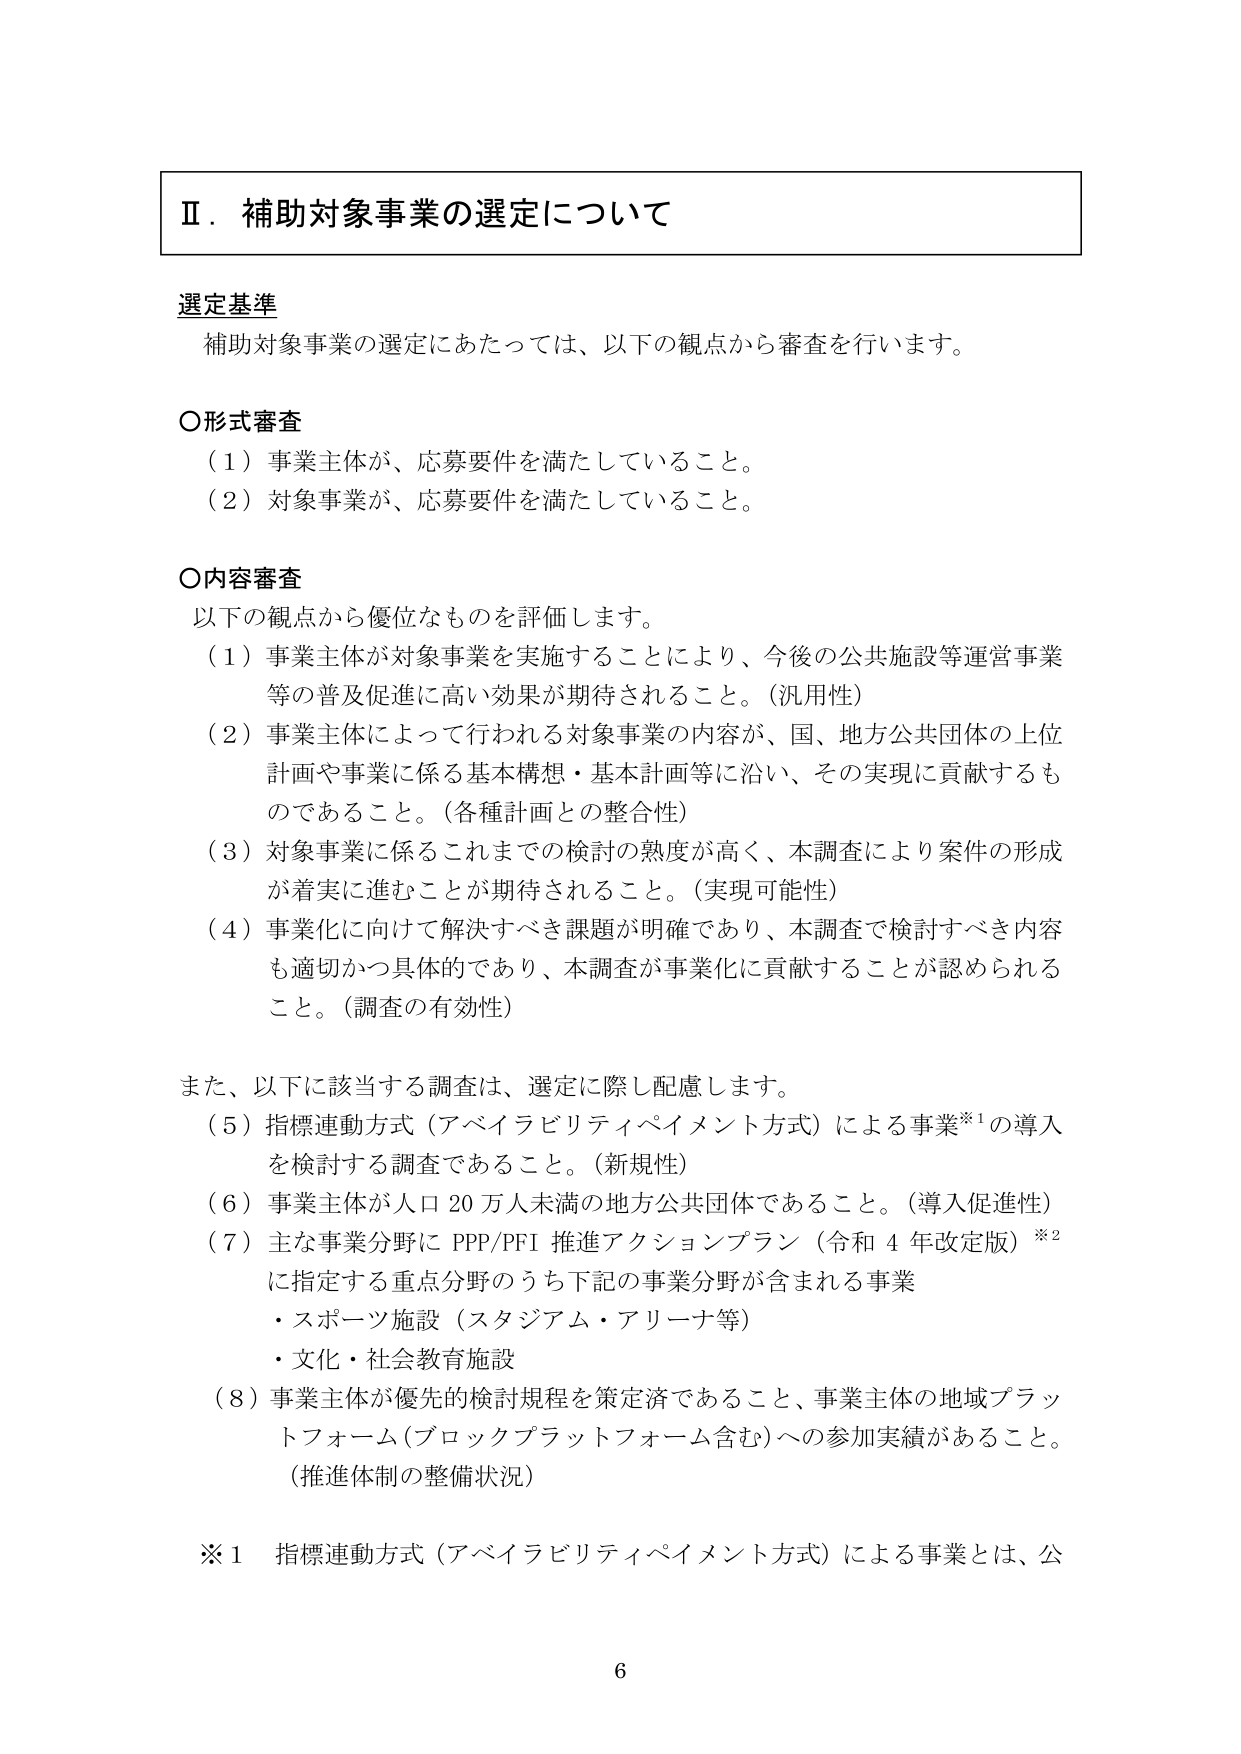
Ⅱ．補助対象事業の選定について

選定基準
補助対象事業の選定にあたっては、以下の観点から審査を行います。

○形式審査
（１）事業主体が、応募要件を満たしていること。
（２）対象事業が、応募要件を満たしていること。

○内容審査
以下の観点から優位なものを評価します。
（１）事業主体が対象事業を実施することにより、今後の公共施設等運営事業等の普及促進に高い効果が期待されること。（汎用性）
（２）事業主体によって行われる対象事業の内容が、国、地方公共団体の上位計画や事業に係る基本構想・基本計画等に沿い、その実現に貢献するものであること。（各種計画との整合性）
（３）対象事業に係るこれまでの検討の熟度が高く、本調査により案件の形成が着実に進むことが期待されること。（実現可能性）
（４）事業化に向けて解決すべき課題が明確であり、本調査で検討すべき内容も適切かつ具体的であり、本調査が事業化に貢献することが認められること。（調査の有効性）

また、以下に該当する調査は、選定に際し配慮します。
（５）指標連動方式（アベイラビリティペイメント方式）による事業※1の導入を検討する調査であること。（新規性）
（６）事業主体が人口20万人未満の地方公共団体であること。（導入促進性）
（７）主な事業分野にPPP/PFI推進アクションプラン（令和4年改定版）※2に指定する重点分野のうち下記の事業分野が含まれる事業
・スポーツ施設（スタジアム・アリーナ等）
・文化・社会教育施設
（８）事業主体が優先的検討規程を策定済であること、事業主体の地域プラットフォーム（ブロックプラットフォーム含む）への参加実績があること。（推進体制の整備状況）

※1 指標連動方式（アベイラビリティペイメント方式）による事業とは、公

6